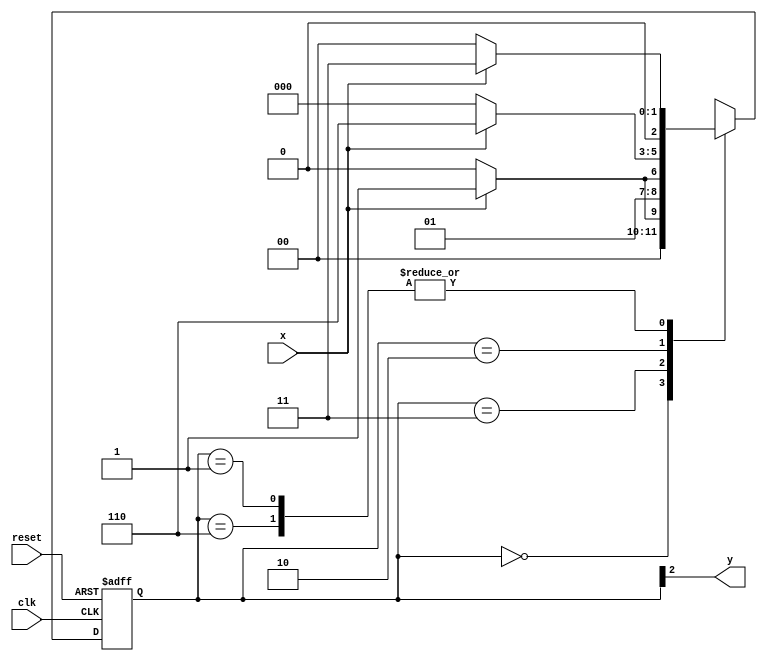
// ------------------------- 
// Moore1010
// Nome: Guilherme Andrade Salum Terra 
// ------------------------- 

// -------------- 
// --- Moore FSM 
// -------------- 

// constant definition 
`define found		1 
`define notfound 	0 

// FSM by Moore 
module moore1010 ( y, x, clk, reset ); 
output y; 
input x; 
input clk; 
input reset; 

reg y; 

parameter // state identifiers 
start = 3'b000, 
id1 = 3'b001, 
id11 = 3'b011, 
id110 = 3'b010, 
id1101 = 3'b110; // signal found 

reg [2:0] E1; // current state variables 
reg [2:0] E2; // next state logic output 

// next state logic 
always @( x or E1 ) 
begin 
case( E1 ) 
start: 
if ( x ) 
E2 = id1; 
else 
E2 = start; 
id1: 
if ( x ) 
E2 = id11; 
else 
E2 = start; 
id11: 
if ( x ) 
E2 = id11; 
else 
E2 = id110; 
id110: 
if ( x ) 
E2 = id1101; 
else 
E2 = start; 
id1101: 
if ( x ) 
E2 = id11; 
else 
E2 = start; 
default: // undefined statee 
E2 = 3'bxxx; 
endcase 
end // always at signal or state changing 

// state variables 
always @( posedge clk or negedge reset ) 
begin 
if ( reset ) 
E1 = E2; // updates current state 
else 
E1 = 0; // reset 
end // always at signal changing 

// output logic 
always @( E1 ) 
begin 
y = E1[2]; // first bit of state value 
end // always at state changing 

endmodule // moore1010